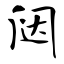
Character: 闼